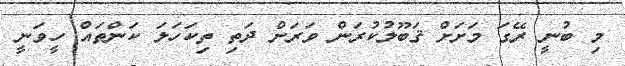
މި ބުނީ ރޭގަ މަށަށް ޤަބޫލުކުރަން ވަރަށް ދަތި ތިކަހަލަ ކަންތައް ހީވަނީ